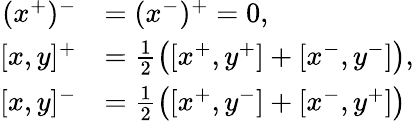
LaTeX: \begin{array}{rl}{(x^{+})^{-}}&{=(x^{-})^{+}=0,}\\ {[x,y]^{+}}&{=\frac{1}{2}\bigl([x^{+},y^{+}]+[x^{-},y^{-}]\bigr),}\\ {[x,y]^{-}}&{=\frac{1}{2}\bigl([x^{+},y^{-}]+[x^{-},y^{+}]\bigr)}\end{array}